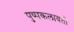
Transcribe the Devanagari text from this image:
पुष्पकलावती